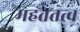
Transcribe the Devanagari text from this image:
महततत्व